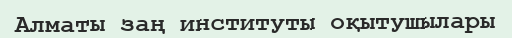
Алматы заң институты оқытушылары